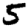
Digit: 5